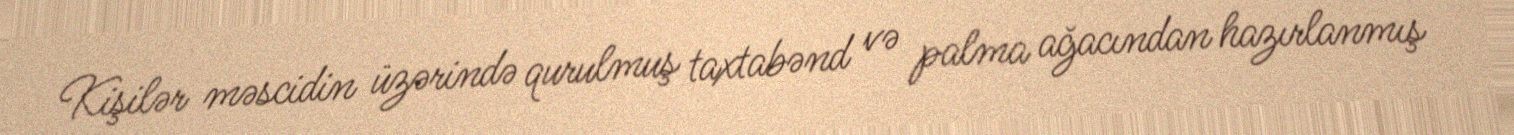
Kişilər məscidin üzərində qurulmuş taxtabənd və palma ağacından hazırlanmış